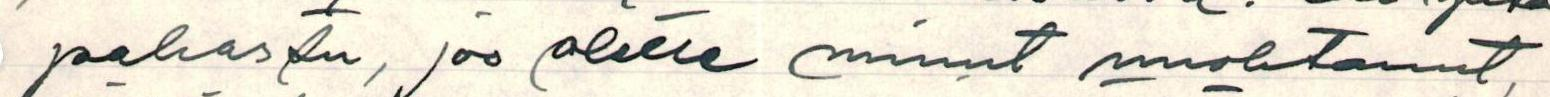
pahastu, jos olette minut unohtanut,